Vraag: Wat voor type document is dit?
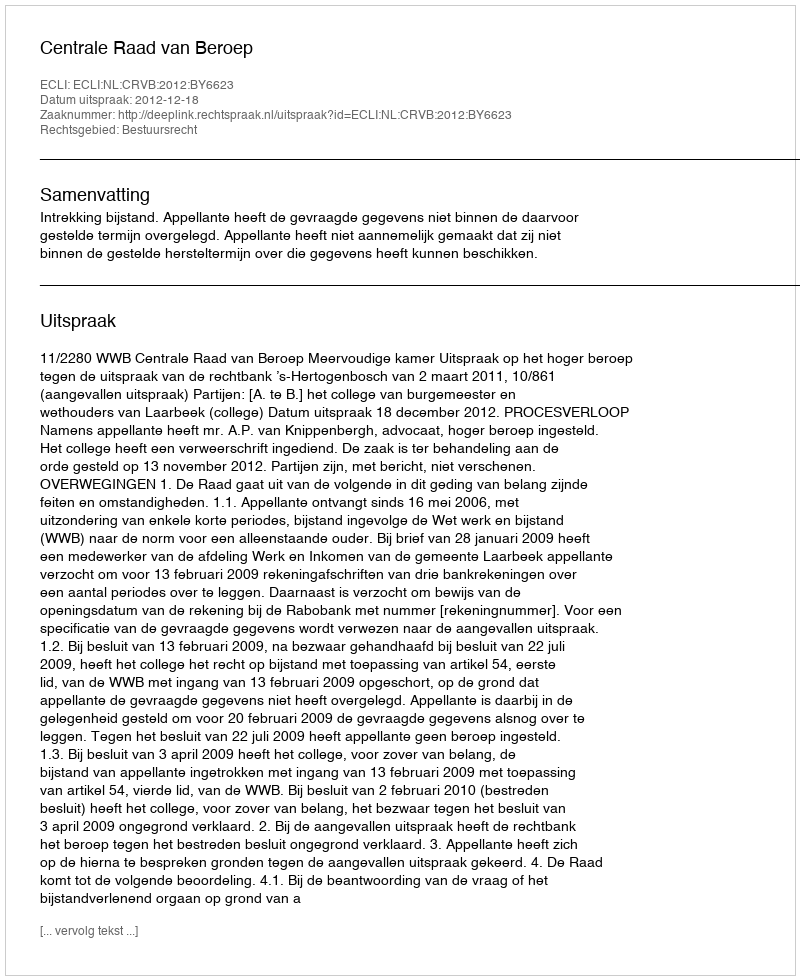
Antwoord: Uitspraak